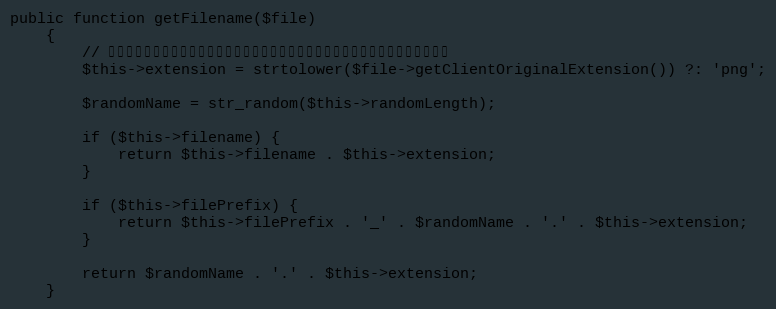
Language: PHP
public function getFilename($file)
    {
        // 获取文件的后缀名，因图片从剪贴板里黏贴时后缀名为空，所以此处确保后缀一直存在
        $this->extension = strtolower($file->getClientOriginalExtension()) ?: 'png';

        $randomName = str_random($this->randomLength);

        if ($this->filename) {
            return $this->filename . $this->extension;
        }

        if ($this->filePrefix) {
            return $this->filePrefix . '_' . $randomName . '.' . $this->extension;
        }

        return $randomName . '.' . $this->extension;
    }